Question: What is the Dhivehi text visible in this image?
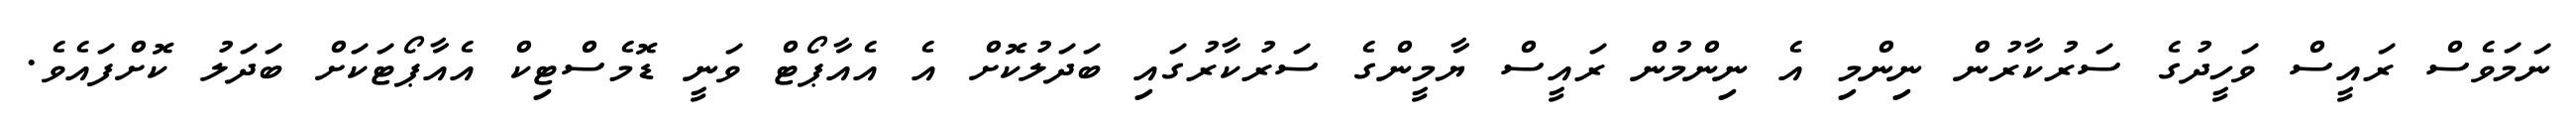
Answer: ނަމަވެސް ރައީސް ވަހީދުގެ ސަރުކާރުން ނިންމި އެ ނިންމުން ރައީސް ޔާމީންގެ ސަރުކާރުގައި ބަދަލުކޮށް އެ އެއާޕޯޓް ވަނީ ޑޮމެސްޓިކް އެއާޕޯޓަކަށް ބަދަލު ކޮށްފައެވެ.